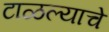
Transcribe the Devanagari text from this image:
टाळल्याचे